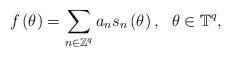
LaTeX: \begin{align*}f\left( \theta \right) =\sum_{n\in \mathbb{Z}^{q}}a_{n}s_{n}\left( \theta\right),\ \ \theta \in \mathbb{T}^{q}, \end{align*}